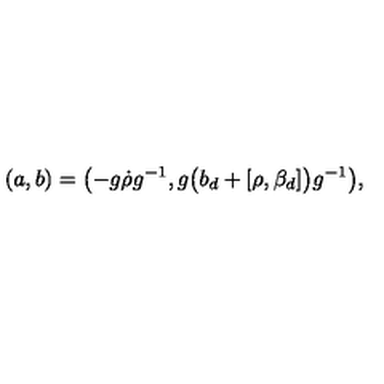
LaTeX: ( a , b ) = \bigl ( - g \dot { \rho } g ^ { - 1 } , g \bigl ( b _ { d } + [ \rho , \beta _ { d } ] \bigr ) g ^ { - 1 } \bigr ) ,